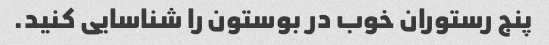
پنج رستوران خوب در بوستون را شناسایی کنید.